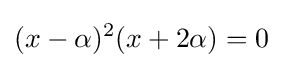
(x-\alpha )^{2}(x+2\alpha )=0